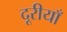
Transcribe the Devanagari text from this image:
दूरीयाँ